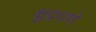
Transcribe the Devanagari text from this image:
क्षुद्रपणे